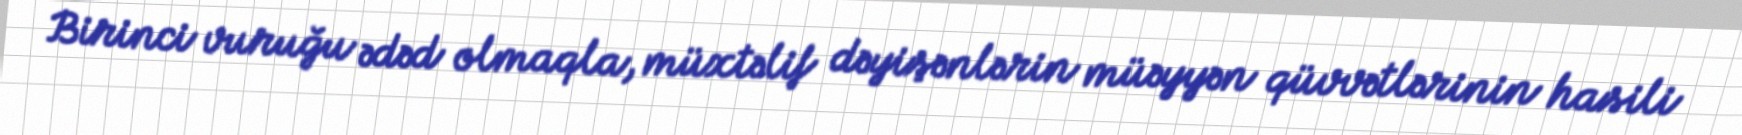
Birinci vuruğu ədəd olmaqla, müxtəlif dəyişənlərin müəyyən qüvvətlərinin hasili